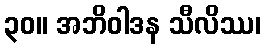
၃၀။ အဘိဝါဒန သီလိဿ၊